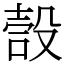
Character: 嗀